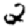
Digit: 2